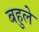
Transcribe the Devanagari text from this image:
बहुले